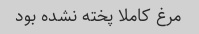
مرغ کاملا پخته نشده بود